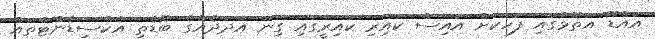
އައްޑޫ އަތޮޅުގައި ފަހަކަށް އައިސް ކައިރި ކައިރީގައި ގިނަ އަދަދެއްގެ ބޮޑެތި އެކްސިޑެންޓްތައް